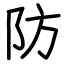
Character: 防